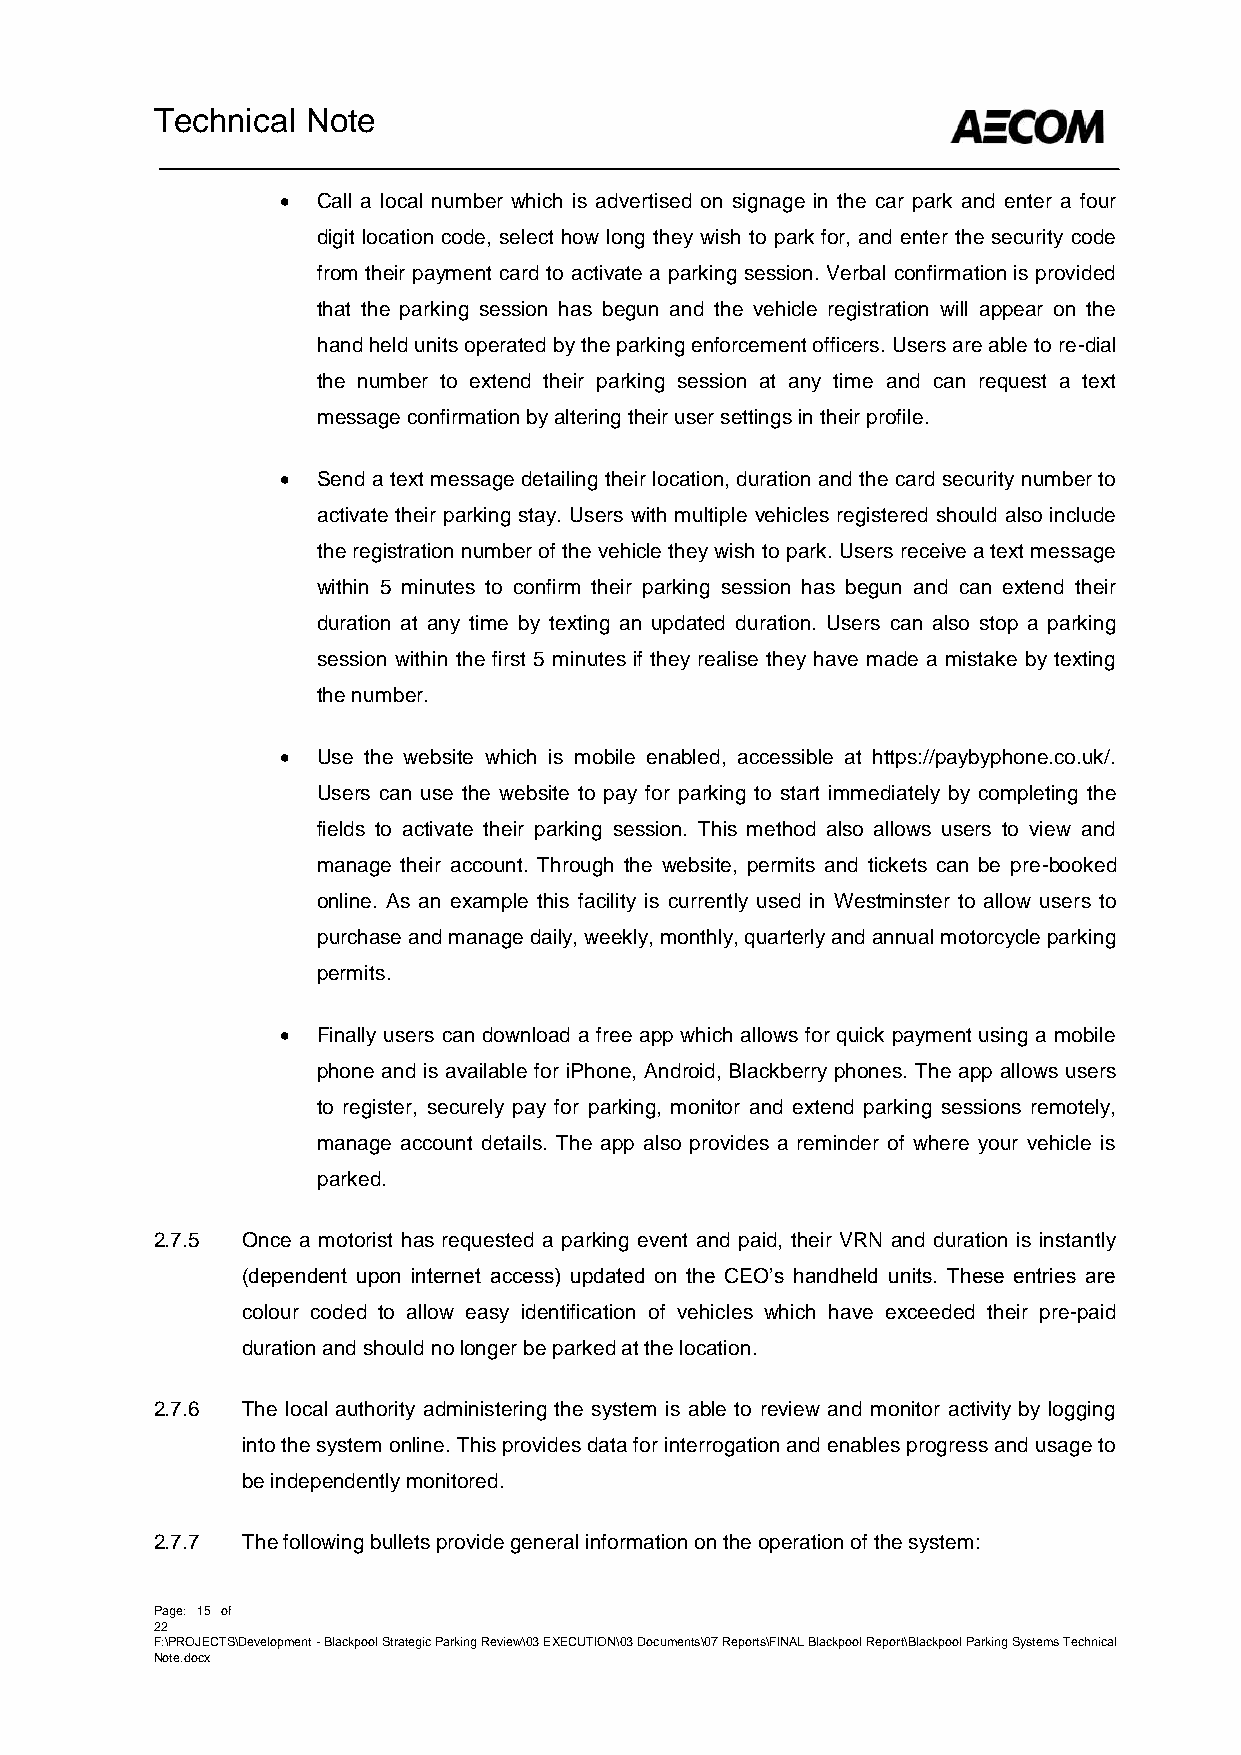
Technical Note
  Call a local number which is advertised on signage in the car park and enter a four
 digit location code, select how long they wish to park for, and enter the security code
 from their payment card to activate a parking session. Verbal confirmation is provided
 that the parking session has begun and the vehicle registration will appear on the
 hand held units operated by the parking enforcement officers. Users are able to re-dial
 the number to extend their parking session at any time and can request a text
 message confirmation by altering their user settings in their profile.
  Send a text message detailing their location, duration and the card security number to
 activate their parking stay. Users with multiple vehicles registered should also include
 the registration number of the vehicle they wish to park. Users receive a text message
 within 5 minutes to confirm their parking session has begun and can extend their
 duration at any time by texting an updated duration. Users can also stop a parking
 session within the first 5 minutes if they realise they have made a mistake by texting
 the number.
  Use the website which is mobile enabled, accessible at https://paybyphone.co.uk/.
 Users can use the website to pay for parking to start immediately by completing the
 fields to activate their parking session. This method also allows users to view and
 manage their account. Through the website, permits and tickets can be pre-booked
 online. As an example this facility is currently used in Westminster to allow users to
 purchase and manage daily, weekly, monthly, quarterly and annual motorcycle parking
 permits.
  Finally users can download a free app which allows for quick payment using a mobile
 phone and is available for iPhone, Android, Blackberry phones. The app allows users
 to register, securely pay for parking, monitor and extend parking sessions remotely,
 manage account details. The app also provides a reminder of where your vehicle is
 parked.
 2.7.5 Once a motorist has requested a parking event and paid, their VRN and duration is instantly
 (dependent upon internet access) updated on the CEO’s handheld units. These entries are
 colour coded to allow easy identification of vehicles which have exceeded their pre-paid
 duration and should no longer be parked at the location.
 2.7.6 The local authority administering the system is able to review and monitor activity by logging
 into the system online. This provides data for interrogation and enables progress and usage to
 be independently monitored.
 2.7.7 The following bullets provide general information on the operation of the system:
 Page: 15 of
 22
 F:\PROJECTS\Development - Blackpool Strategic Parking Review\03 EXECUTION\03 Documents\07 Reports\FINAL Blackpool Report\Blackpool Parking Systems Technical
 Note.docx